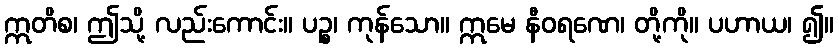
ဣတိစ၊ ဤသို့ လည်းကောင်း။ ပဉ္စ၊ ကုန်သော။ ဣမေ နီဝရဏေ၊ တို့ကို။ ပဟာယ၊ ၍။